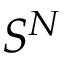
S ^ { N }